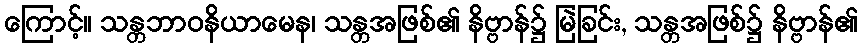
ကြောင့်။ သန္တဘာဝနိယာမေန၊ သန္တအဖြစ်၏ နိဗ္ဗာန်၌ မြဲခြင်း, သန္တအဖြစ်၌ နိဗ္ဗာန်၏